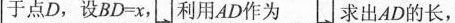
于点D，设$$B D = x$$， 利用AD作为 求出AD的长，